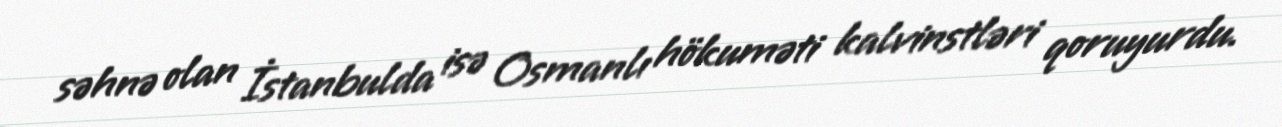
səhnə olan İstanbulda isə Osmanlı hökuməti kalvinstləri qoruyurdu.